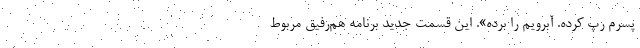
پسرم رپ کرده. آبرویم را برده». این قسمت جدید برنامه هم‌رفیق مربوط